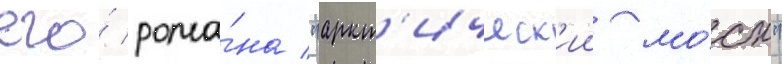
его́ рома́на "аркт'ическ'ии мо́ст"